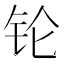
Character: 𬬭